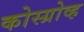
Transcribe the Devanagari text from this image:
कोस्ग्रोव्ह